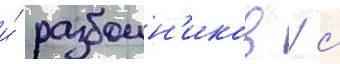
и́ разбоин'иков / с